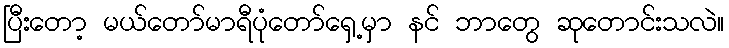
ပြီးတော့ မယ်တော်မာရီပုံတော်ရှေ့မှာ နင် ဘာတွေ ဆုတောင်းသလဲ။